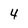
Character: 4